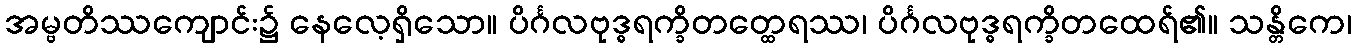
အမ္ဗတိဿကျောင်း၌ နေလေ့ရှိသော။ ပိင်္ဂလဗုဒ္ဓရက္ခိတတ္ထေရဿ၊ ပိင်္ဂလဗုဒ္ဓရက္ခိတထေရ်၏။ သန္တိကေ၊